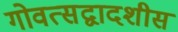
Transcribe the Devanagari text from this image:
गोवत्सद्वादशीस